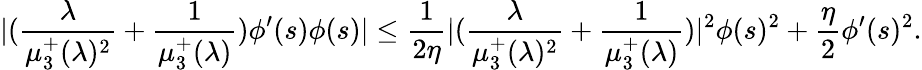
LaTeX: |(\frac{\lambda}{\mu_{3}^{+}(\lambda)^{2}}+\frac{1}{\mu_{3}^{+}(\lambda)})\phi^{\prime}(s)\phi(s)|\le\frac{1}{2\eta}|(\frac{\lambda}{\mu_{3}^{+}(\lambda)^{2}}+\frac{1}{\mu_{3}^{+}(\lambda)})|^{2}\phi(s)^{2}+\frac{\eta}{2}\phi^{\prime}(s)^{2}.